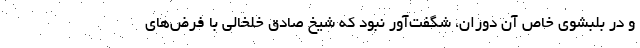
و در بلبشوی خاص آن دوران، شگفت‌آور نبود که شیخ صادق خلخالی با فرض‌های